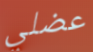
عضلي